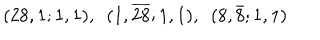
( 2 8 , 1 ; 1 , 1 ) , ~ ~ ( 1 , \overline { { { 2 8 } } } ; 1 , 1 ) , ~ ~ ( 8 , \bar { 8 } ; 1 , 1 )